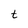
Character: t